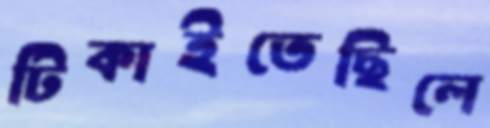
টিকাইতেছিলে